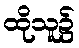
ထိုသူ၌